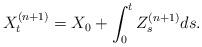
LaTeX: \begin{align*}X_t^{(n+1)} = X_0 + \int_0^t Z_s^{(n+1)}ds. \end{align*}